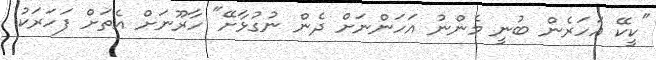
"ކީކޭ އަހަރެން ބުނީ މެންނު އަހަންނަށް ދެން ނުގުޅާށޭ" ހާރޫނަށް އެތަށް ފަހަރަކު